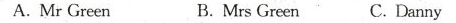
A.Mr Green B.Mrs Green C. Danny